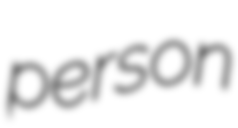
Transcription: person